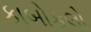
કાબોકલો